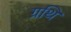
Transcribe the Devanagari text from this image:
ग्रथि